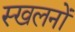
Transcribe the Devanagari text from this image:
स्खलनों